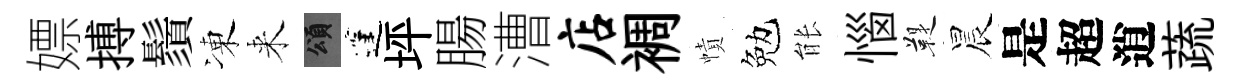
嫖搏鬚凍来頌蓬坪腸漕店裯幘勉䏻惱鞮晨是超逍蔬